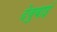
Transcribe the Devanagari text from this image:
देवुबाई